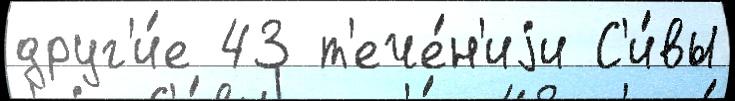
друг'и́е 43 т'ече́н'иjи С'и́вы